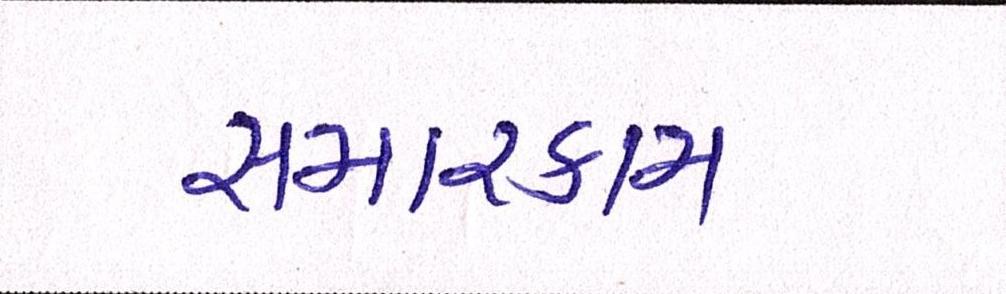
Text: સમારકામ